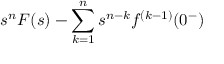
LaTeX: s ^ { n } F ( s ) - \sum _ { k = 1 } ^ { n } s ^ { n - k } f ^ { ( k - 1 ) } ( 0 ^ { - } )